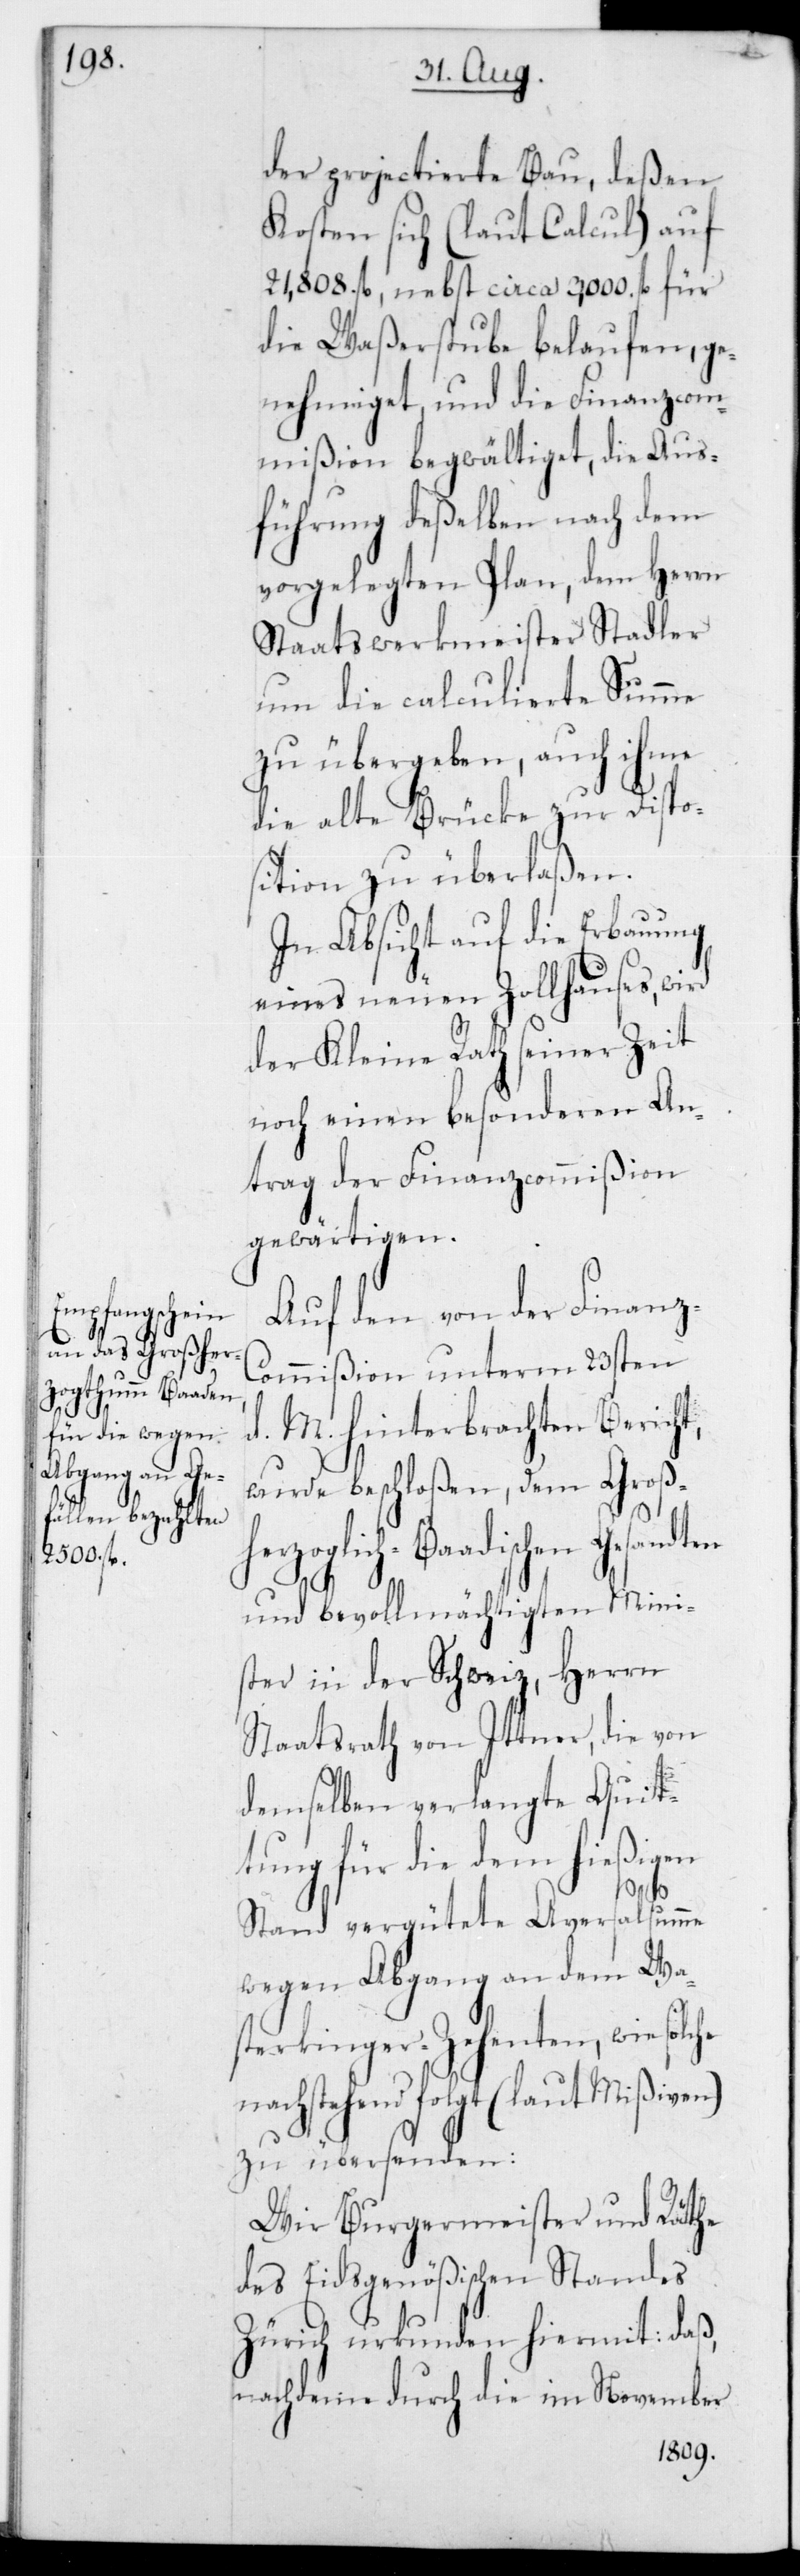
he

der projectierte Bau, deßen
Kosten sich (laut Calcul) auf
21'808 fl. nebst circa 3'000 fl. für
die Waßerstube belaufen, ge¬
nehmiget, und die Finanzcom¬
mißion begwältiget, die Aus¬
führung deßelben nach dem
vorgelegten Plan, dem Herrn
Staatswerkmeister Stadler
um die calculierte Summe
zu übergeben, auch ihme
die alte Brücke zur Dispo¬
sition zu überlaßen.
In Absicht auf die Erbauung
eines neuen Zollhauses, wird
der Kleine Rath seiner Zeit
noch einen besonderen An¬
trag der Finanzcommißion
gewärtigen.
Auf den von der Finanz-C¬
ommißion unterm 23sten
d. M. hinterbrachten Bericht,
wurde beschloßen, dem Großh¬
erzoglich-Baadischen Gesand¬
ter in der Schweiz, Herrn
Staatsrath von Ittner, die von
demselben verlangte Quit¬
tung für die dem hießigen¬
Minis¬
Stand vergütete Aversalsumme
wegen Abgang an dem Wa¬
sterkinger-Zehenten, wie solc¬
nachstehend folgt (laut Mißiven)
zu übersenden:
Wir Burgermeister und Räthe
des EidsgenößischenStandes
Zürich urkunden hiermit: daß,
nachdeme durch die im November